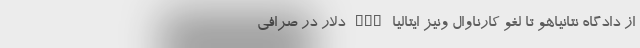
از دادگاه نتانیاهو تا لغو کارناوال ونیز ایتالیا nan دلار در صرافی